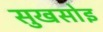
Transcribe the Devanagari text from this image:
सुखसोइ